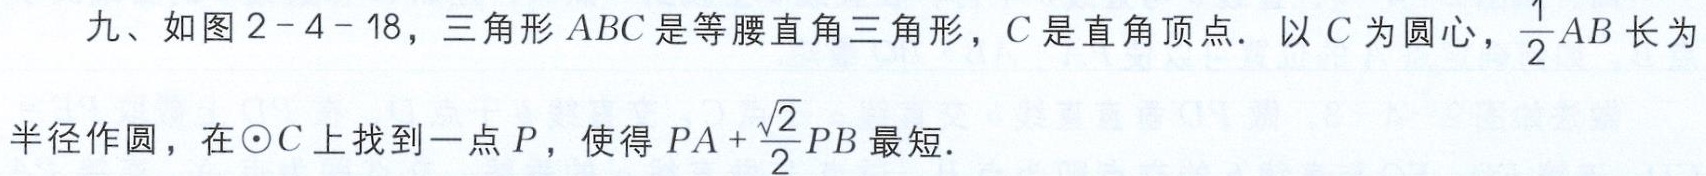
九、如图2 - 4 - 18，三角形 \(ABC\) 是等腰直角三角形，\(C\) 是直角顶点. 以 \(C\) 为圆心，\(\frac{1}{2}AB\) 长为半径作圆，在\(\odot C\) 上找到一点 \(P\)，使得 \(PA+\frac{\sqrt{2}}{2}PB\) 最短.